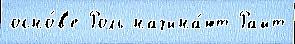
осно́в'е Роль начина́ют Райт